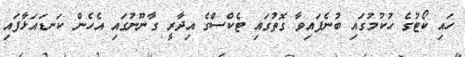
ހައި ކޯޓުގެ ހުކުމުގައި ބުނެފައިވާ ގޮތުގައި ޓެކްސްގެ އިދާރީ ގާނޫނުގައި އެހެން ކަނޑައަޅާފައި